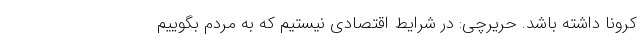
کرونا داشته باشد. حریرچی: در شرایط اقتصادی نیستیم که به مردم بگوییم